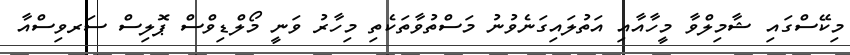
މިކޭސްގައި ޝާމިލްވާ މީހާއާއި އަތުލައިގަނެވުނު މަސްތުވާތަކެތި މިހާރު ވަނީ މޯލްޑިވްސް ޕޮލިސް ސަރވިސްއާ